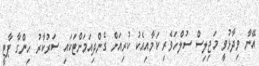
އޭނާ ވިދާޅުވީ މަޖިލިސް ސުލްހަވެރި ކަމާއިއެކު ކުރިއަށް ގެންދިއަމަށްޓަކައި ސަރުކާރު ހިންގާ ޕާޓީ